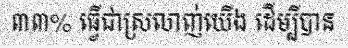
៣៣% ធ្វើជាស្រលាញ់យើង ដើម្បីបាន